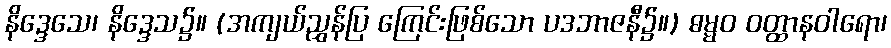
နိဒ္ဒေသေ၊ နိဒ္ဒေသ၌။ (အကျယ်ညွှန်ပြ ကြေင်းဖြစ်သော ပဒဘာဇနီ၌။) ဓမ္မဝ ဝတ္ထာနဝါရော၊